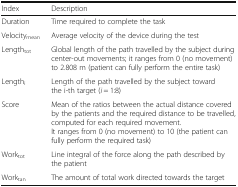
| Index | Description |
 | --- | --- |
 | Duration | Time required to complete the task |
 | Velocitymean | Average velocity of the device during the test |
 | Lengthtot | Global length of the path travelled by the subject during center-out movements; it ranges from 0 (no movement) to 2.808 m (patient can fully perform the entire task) |
 | Lengthi | Length of the path travelled by the subject toward the i-th target (i = 1:8) |
 | Score | Mean of the ratios between the actual distance covered by the patients and the required distance to be travelled, computed for each required movement.It ranges from 0 (no movement) to 10 (the patient can fully perform the required task) |
 | Worktot | Line integral of the force along the path described by the patient |
 | Worktan | The amount of total work directed towards the target |